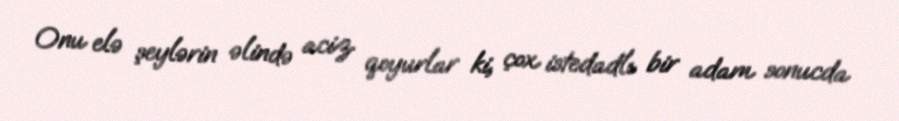
Onu elə şeylərin əlində aciz qoyurlar ki, çox istedadlı bir adam sonucda